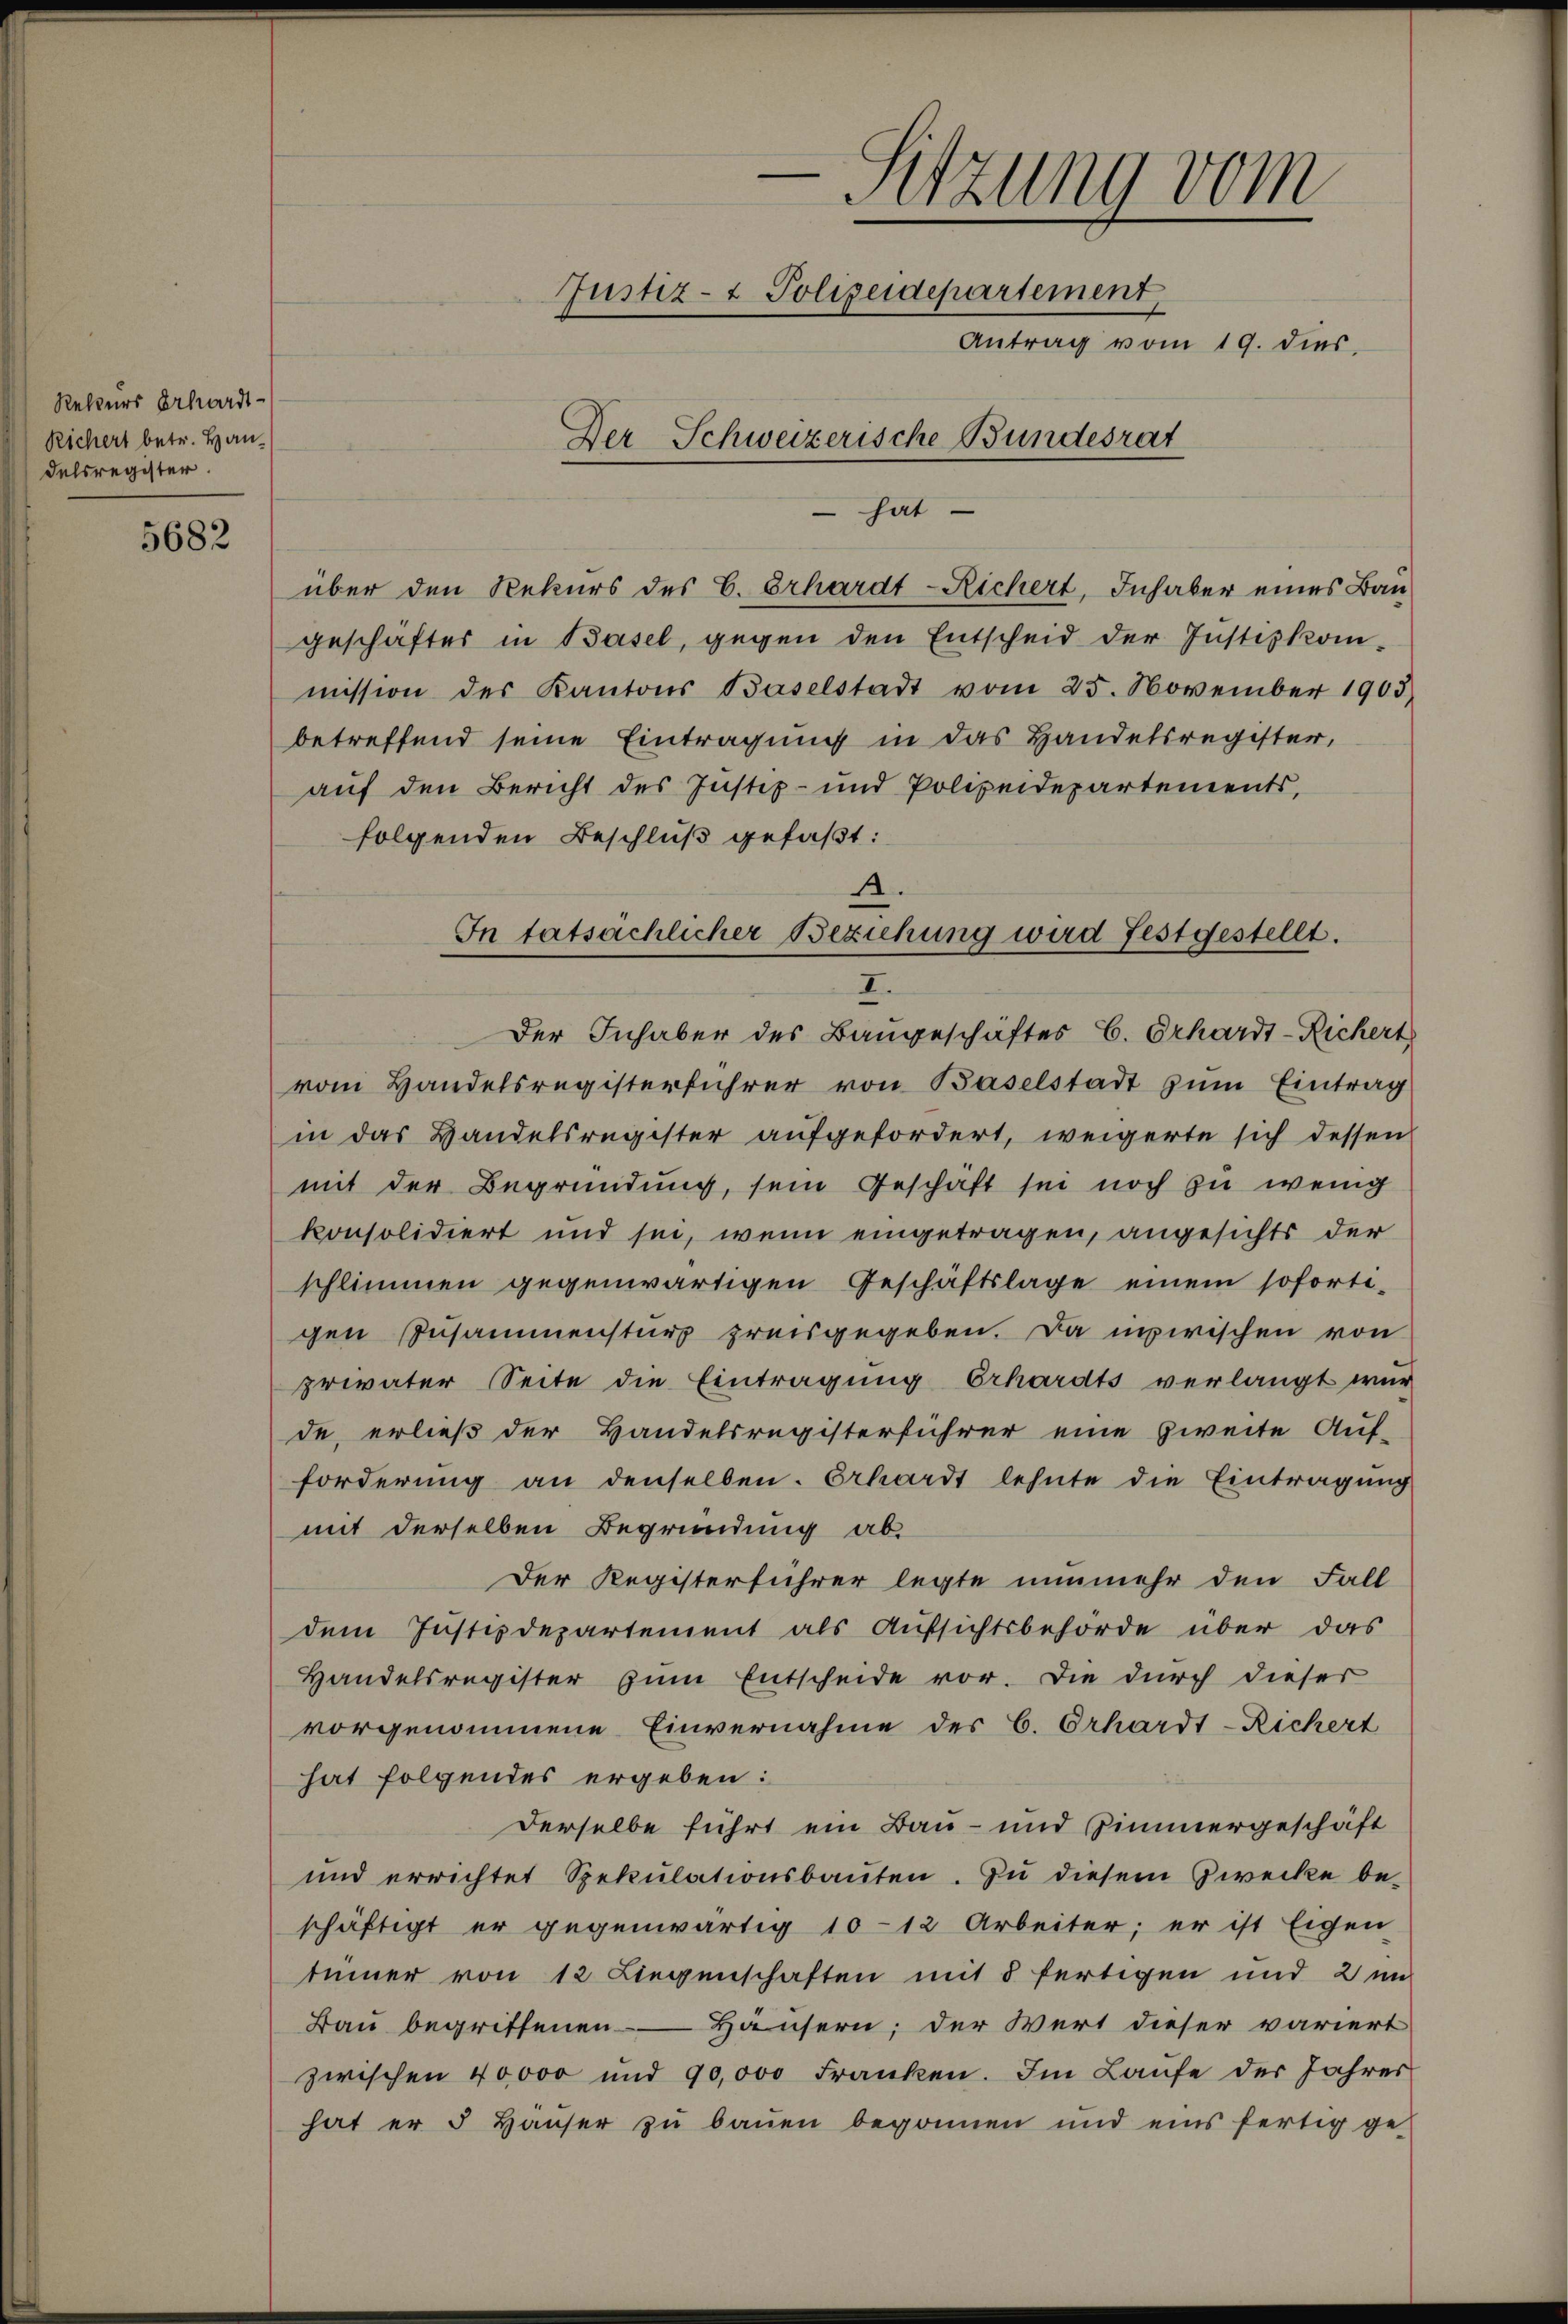
Rekurs Eckwardt-
Richert betr. Handelsregister

5682

-Sitzung vom
Justiz- & Polizeidepartement
Antrag vom 19. dies
Der Schweizerische Bundesrat

hat

über den Rekurs des C. Erhardt-Richert, Inhaber eines Baugeschäfter in Basel, gegen den Entscheid der Justizkom-
mission des Kantons Baselstadt vom 25. November 1903
betreffend seine Eintragung in das Handelsregister,
auf den Bericht des Justiz- und Polizeidepartements,
folgenden Beschluß gefaßt:
Der Inhaber des Baugeschäftes C. Erhardt-Richert
vom Handelsregisterführer von Baselstadt zŭm Eintrag
in das Handelsregister aufgefordert, weigerte sich dessen
mit der Begründung, sein Geschäft sei noch zu wenig
konsolidiert und sei, wenn eingetragen, angesichts der
schlimmen gegenwärtigen Geschäftslage einem soforti-
gen Zusammensturz preisgegeben. Da unwischen von
privater Seite die Eintragung Erhardts verlangt wur
de, erließ der Handelsregisterführer eine Zweite Auf-
forderung an denselben. Erhardt lehnte die Eintragung
mit derselben Begründung ab¬
Der Registerführer legte nunmehr den Fall
dem Justizdepartement als Aufsichtsbehörde über das
Handelsregister zum Entscheide vor. Die durch dieser
vorgenommene Einvernahme des C. Orhardt-Richert
hat folgendes ergeben:
Derselbe führt ein Bau- und Zimmergeschäft
und errichtet Spekulationsbauten. Zu diesem Zwecke be-
schäftigt er gegenwärtig 10-12 Arbeiter; er ist Eigen
tinner von 12 Liegenschaften mit 8 fertigen und 2 un
Bau begriffenen Häusern; der Wert dieser variert
zwischen 40000 und 90,000 Franken. Im Laufe der Jahres
hat er 5 Häŭser zu bauen begonnen und eins fertig ge-

1.
In tatsächlicher Beziehung wird festgestellt.
I.